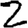
Digit: 2